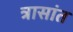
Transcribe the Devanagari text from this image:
त्रासांत